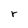
Character: r